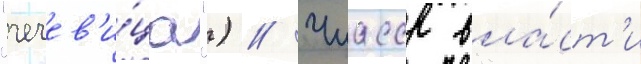
"чечев'и́ца") // Чиасср вла́ст'и